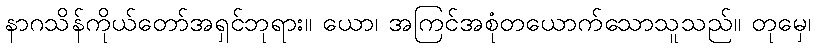
နာဂသိန်ကိုယ်တော်အရှင်ဘုရား။ ယော၊ အကြင်အစုံတယောက်သောသူသည်။ တုမှေ၊